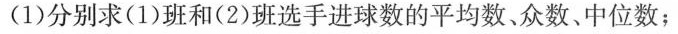
(1)分别求(1)班和(2)班选手进球数的平均数。众数、中位数；